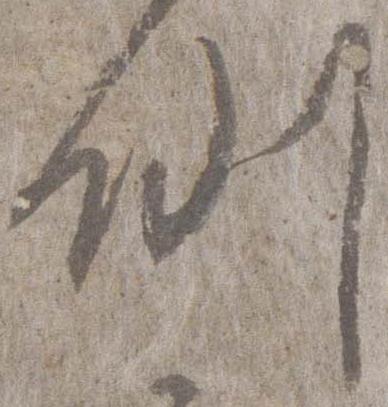
例